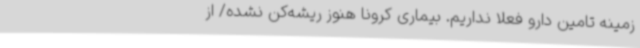
زمینه تامین دارو فعلاً نداریم. بیماری کرونا هنوز ریشه‌کن نشده/ از